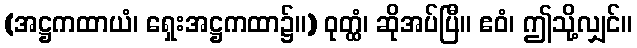
(အဋ္ဌကထာယံ၊ ရှေးအဋ္ဌကထာ၌။) ဝုတ္ထံ၊ ဆိုအပ်ပြီ။ ဧဝံ၊ ဤသို့လျှင်။